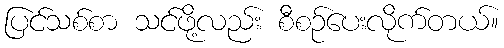
ပြင်သစ်စာ သင်ဖို့လည်း စီစဉ်ပေးလိုက်တယ်။